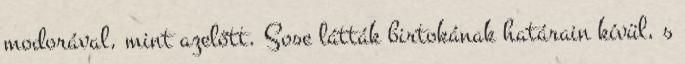
modorával, mint azelőtt. Sose látták birtokának határain kívül, s